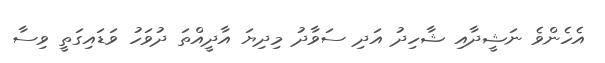
އެހެންވެ ނަޝީދާއި ޝާހިދު އަދި ސަވާދު މިދިޔަ އާދީއްތަ ދުވަހު ވަޑައިގަތީ ވިސާ